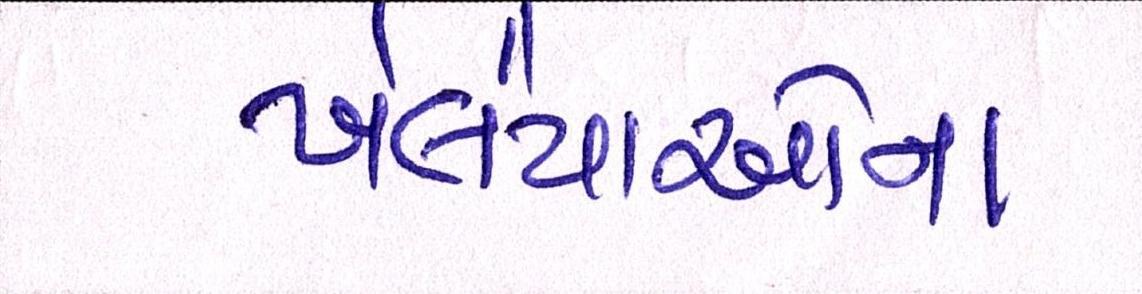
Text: ખેલૈયાઓના